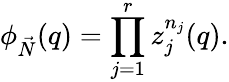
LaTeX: \phi_{\vec{N}}(q)=\prod_{j=1}^{r}z_{j}^{n_{j}}(q).